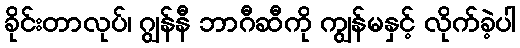
ခိုင်းတာလုပ်၊ ဂျွန်နီ ဘာဂီဆီကို ကျွန်မနှင့် လိုက်ခဲ့ပါ